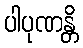
ပါပုဏန္တိ